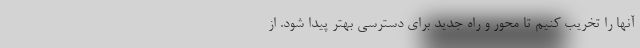
آنها را تخریب کنیم تا محور و راه جدید برای دسترسی بهتر پیدا شود. از